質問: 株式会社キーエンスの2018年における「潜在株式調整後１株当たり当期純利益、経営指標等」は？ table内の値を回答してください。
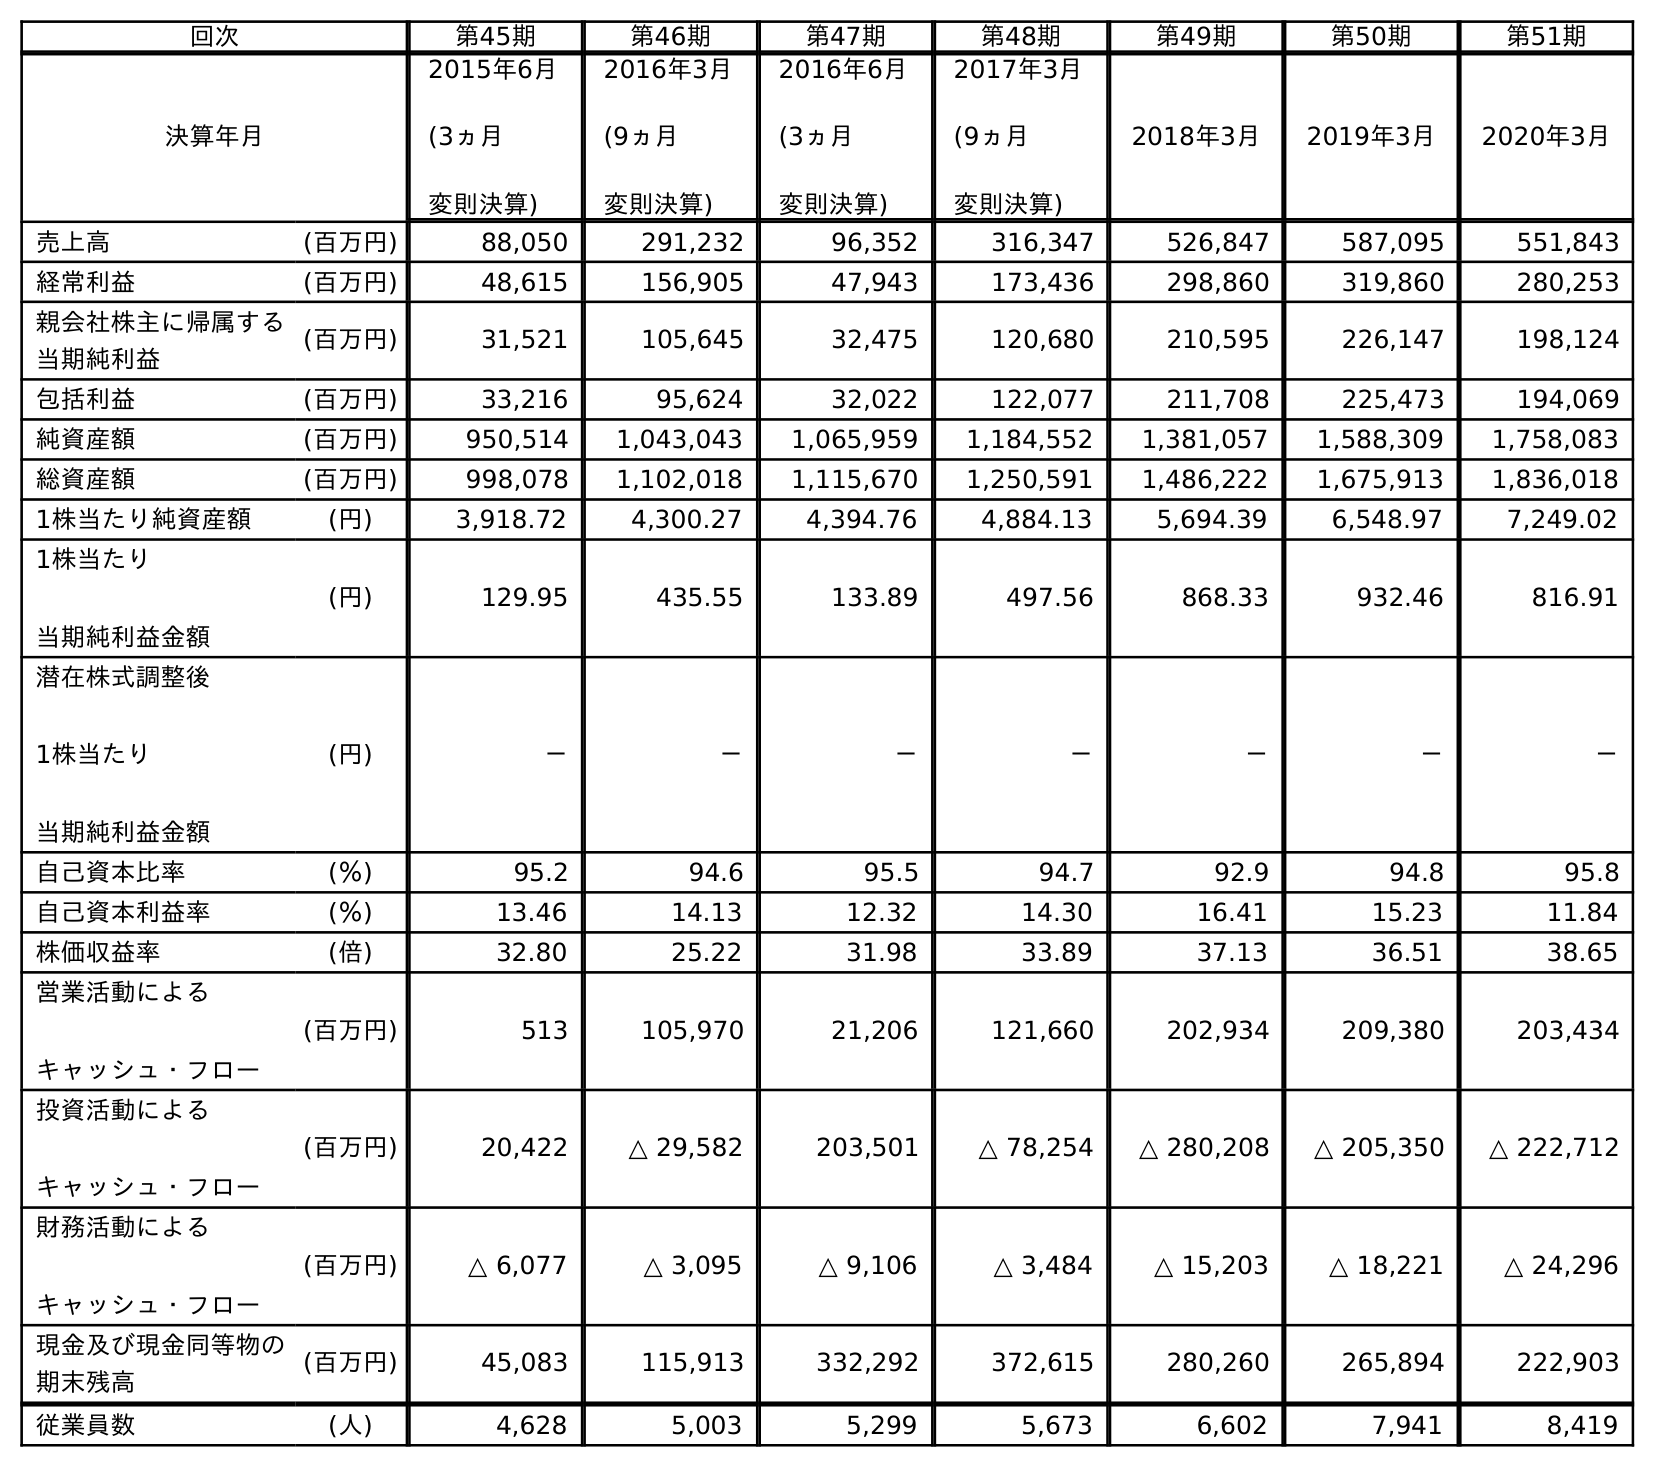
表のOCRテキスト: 回次 第45期 第46期 第47期 第48期 第49期 第50期 第51期 決算年月 2015年6月 (3ヵ月 変則決算) 2016年3月 (9ヵ月 変則決算) 2016年6月 (3ヵ月 変則決算) 2017年3月 (9ヵ月 変則決算) 2018年3月 2019年3月 2020年3月 売上高 (百万円) 88,050 291,232 96,352 316,347 526,847 587,095 551,843 経常利益 (百万円) 48,615 156,905 47,943 173,436 298,860 319,860 280,253 親会社株主に帰属する 当期純利益 (百万円) 31,521 105,645 32,475 120,680 210,595 226,147 198,124 包括利益 (百万円) 33,216 95,624 32,022 122,077 211,708 225,473 194,069 純資産額 (百万円) 950,514 1,043,043 1,065,959 1,184,552 1,381,057 1,588,309 1,758,083 総資産額 (百万円) 998,078 1,102,018 1,115,670 1,250,591 1,486,222 1,675,913 1,836,018 1株当たり純資産額 (円) 3,918.72 4,300.27 4,394.76 4,884.13 5,694.39 6,548.97 7,249.02 1株当たり 当期純利益金額 (円) 129.95 435.55 133.89 497.56 868.33 932.46 816.91 潜在株式調整後 1株当たり 当期純利益金額 (円) － － － － － － － 自己資本比率 (％) 95.2 94.6 95.5 94.7 92.9 94.8 95.8 自己資本利益率 (％) 13.46 14.13 12.32 14.30 16.41 15.23 11.84 株価収益率 (倍) 32.80 25.22 31.98 33.89 37.13 36.51 38.65 営業活動による キャッシュ・フロー (百万円) 513 105,970 21,206 121,660 202,934 209,380 203,434 投資活動による キャッシュ・フロー (百万円) 20,422 △ 29,582 203,501 △ 78,254 △ 280,208 △ 205,350 △ 222,712 財務活動による キャッシュ・フロー (百万円) △ 6,077 △ 3,095 △ 9,106 △ 3,484 △ 15,203 △ 18,221 △ 24,296 現金及び現金同等物の 期末残高 (百万円) 45,083 115,913 332,292 372,615 280,260 265,894 222,903 従業員数 (人) 4,628 5,003 5,299 5,673 6,602 7,941 8,419
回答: －